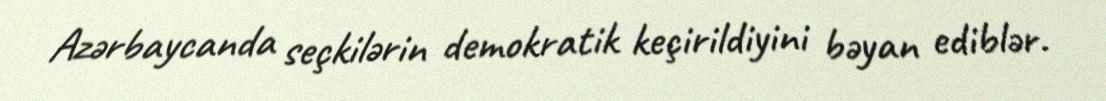
Azərbaycanda seçkilərin demokratik keçirildiyini bəyan ediblər.